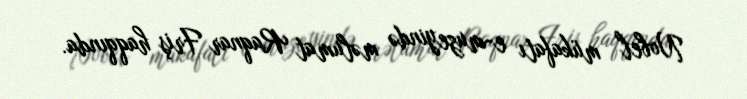
Nobel mükafatı e-muzeyində məlumat Raqnar Friş haqqında.